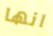
انها